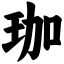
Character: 珈